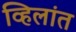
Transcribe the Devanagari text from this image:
व्हिलांत